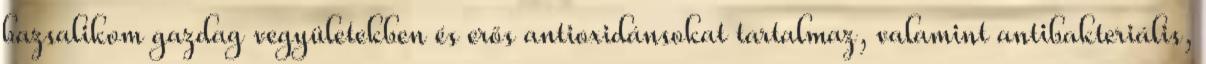
bazsalikom gazdag vegyületekben és erős antioxidánsokat tartalmaz, valamint antibakteriális,